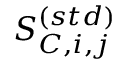
S _ { C , i , j } ^ { ( s t d ) }